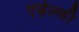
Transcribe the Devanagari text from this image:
एड़ेल्फी